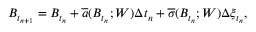
B _ { t _ { n + 1 } } = B _ { t _ { n } } + \overline { { a } } ( B _ { t _ { n } } ; W ) \Delta t _ { n } + \overline { { \sigma } } ( B _ { t _ { n } } ; W ) \Delta \xi _ { t _ { n } } ,